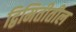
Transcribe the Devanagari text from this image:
द्विमितीतील